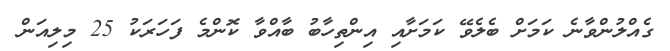
ގެއްލުންވާނެ ކަމަށް ބެލެވޭ ކަމަށާއި އިންތިހާބު ބާއްވާ ކޮންމެ ފަހަރަކު 25 މިލިއަން